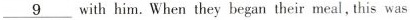
\underline{9} with him. When they began their meal, this was